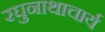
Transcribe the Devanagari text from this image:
रघुनाथाचार्य